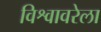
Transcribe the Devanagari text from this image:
विश्वावरेला